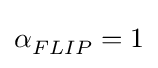
\alpha _{FLIP}^{}=1